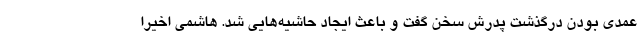
عمدی بودن درگذشت پدرش سخن گفت و باعث ایجاد حاشیه‌هایی شد. هاشمی اخیرا